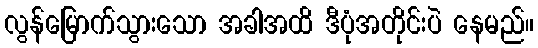
လွန်မြောက်သွားသော အခါအထိ ဒီပုံအတိုင်းပဲ နေမည်။